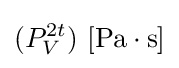
(P_{V}^{2t})\ \mathrm {[Pa\cdot s]}